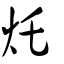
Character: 灹